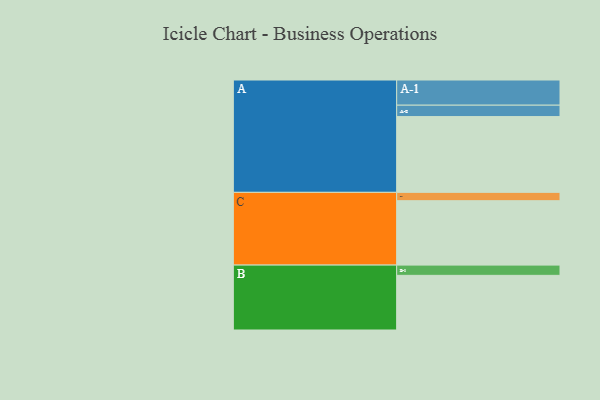
{"axis": {"x": "Segment", "y": "Value"}, "legend": ["", "A", "B", "C"], "data": [{"x": "A", "y": 599, "type": ""}, {"x": "B", "y": 432, "type": ""}, {"x": "C", "y": 509, "type": ""}, {"x": "A-1", "y": 199, "type": "A"}, {"x": "A-2", "y": 90, "type": "A"}, {"x": "B-1", "y": 81, "type": "B"}, {"x": "C-1", "y": 66, "type": "C"}]}